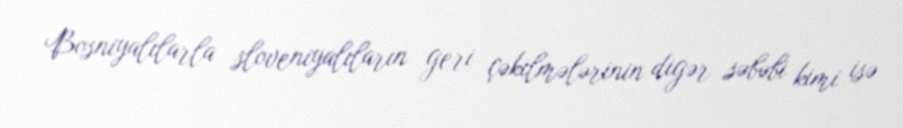
Bosniyalılarla sloveniyalıların geri çəkilmələrinin digər səbəbi kimi isə